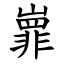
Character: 㠑